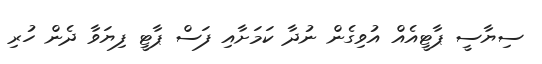
ސިޔާސީ ޕާޓީއެއް އުވިގެން ނުދާ ކަމަށާއި ފަސް ޕާޓީ ފިޔަވާ ދެން ހުރި